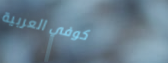
كوفي العربية